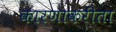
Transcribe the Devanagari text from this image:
कारणाकरीता